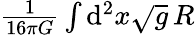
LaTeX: \textstyle{\frac{1}{16\pi G}}\int\mathrm{d}^{2}x{\sqrt{g}}\, R